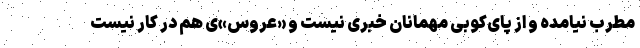
مطرب نیامده و از پای‌کوبی مهمانان خبری نیست و «عروس»‌ی هم در کار نیست